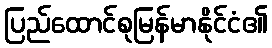
ပြည်ထောင်စုမြန်မာနိုင်ငံ၏